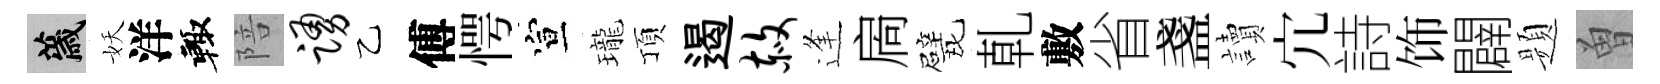
薉妖洋輙陪踊乙傅愕宣瓏頂遏赦逢扄甓乹敷省盞讀宂詩饰闢题曽